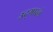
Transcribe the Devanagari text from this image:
उद्‌गारले